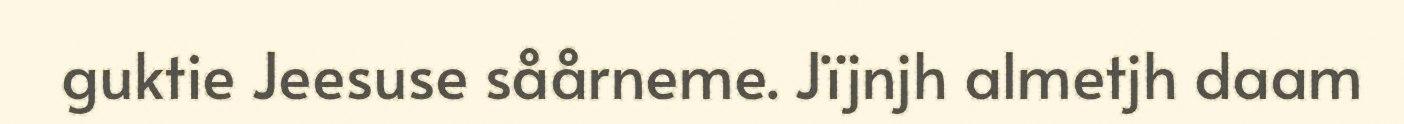
guktie Jeesuse såårneme. Jïjnjh almetjh daam